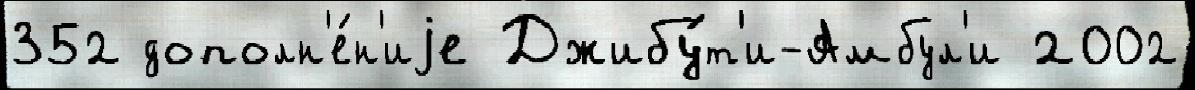
352 дополн'е́н'иjе Джибу́т'и-Амбул'и 2002